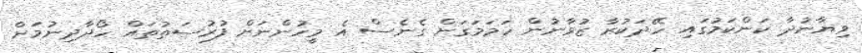
ވިޔާނުދާ ކަންކަމުގައި ހޭދަކުރާ ޒުވާނުން ހަމަމަގަށް ގެނެސް އެ މީހުންނަށް ފުރުސަތުތައް ހޯދާދިނުމަށް